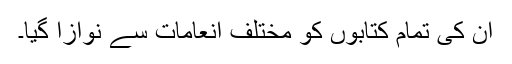
ان کی تمام کتابوں کو مختلف انعامات سے نوازا گیا۔